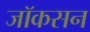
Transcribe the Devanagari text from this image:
जॉकसन